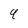
Character: 4